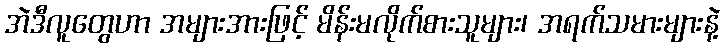
အဲဒီလူတွေဟာ အများအားဖြင့် မိန်းမလိုက်စားသူများ၊ အရက်သမားများနဲ့